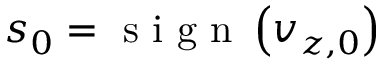
s _ { 0 } = \mathrm { ~ s ~ i ~ g ~ n ~ } \left( v _ { z , 0 } \right)